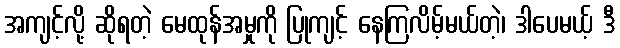
အကျင့်လို့ ဆိုရတဲ့ မေထုန်အမှုကို ပြုကျင့် နေကြလိမ့်မယ်တဲ့၊ ဒါပေမယ့် ဒီ